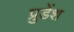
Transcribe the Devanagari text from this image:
प्रुडेंश